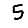
Digit: 5